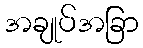
အချုပ်အခြာ